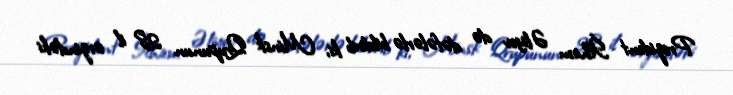
Prezident İlham Əliyev də dəfələrlə bildirib ki, Minsk Qrupunun 28 il ərzindəki